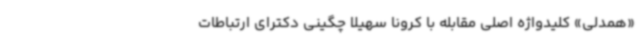
«همدلی» کلیدواژه اصلی‌ مقابله با کرونا سهیلا چگینی دکترای ارتباطات